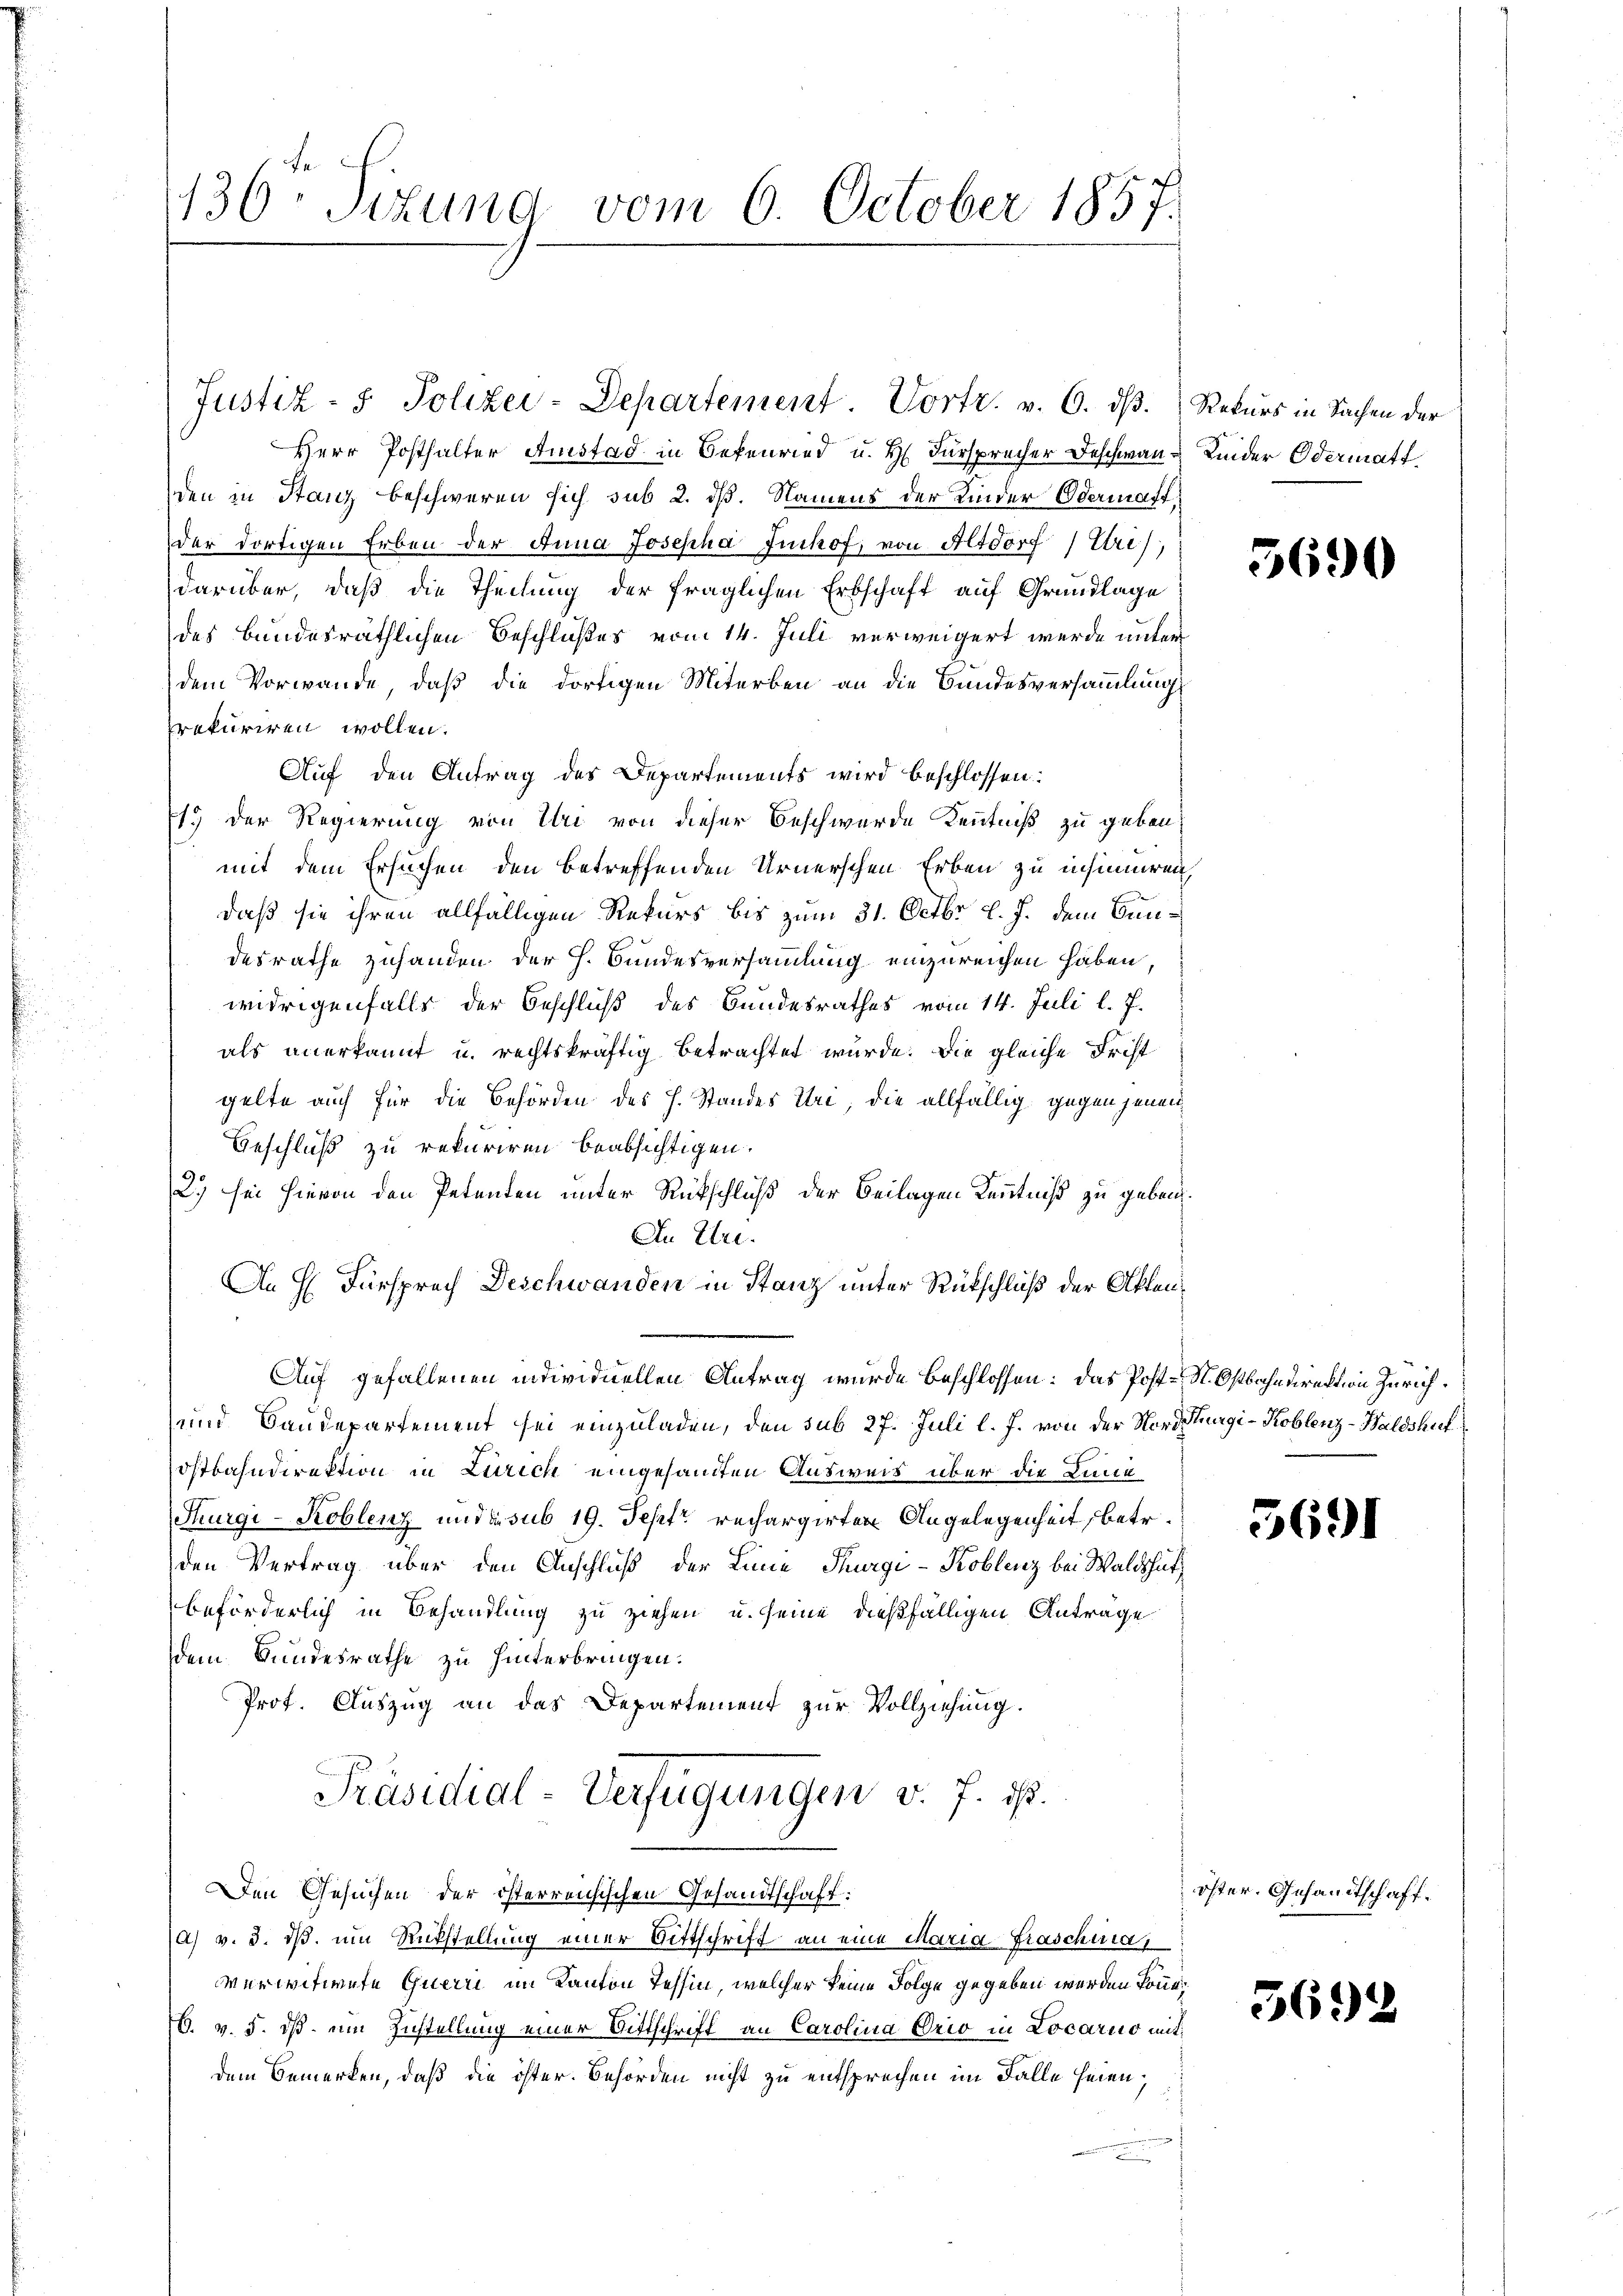
136. Titung vom 6. October 1857.

Herr Posthalter Austad in Bekenried u. H. Fürsprecher Beschmaus Kinder Odermatt.
den in Stanz beschweren sich sub 2. dß. Namens der Kinder Odermast,
der dortigen Erben der Anna Josepha Imhof, von Altdorf (Uri),
darüber, daß die Theilung der fraglichen Erbschaft auf Grundlage
des bundesräthlichen Beschlußes vom 14. Juli verweigert werde unter
dem Vorwande, daß die dortigen Miterben an die Bundesversammlung
rekuriren wollen.
Auf den Antrag des Departements wird beschlossen:
1.) Der Regierung von Uri von dieser Beschwerde Kenntniß zu geben,
mit dem Ersuchen den betreffenden Urnerschen Erben zu insinnereich
daß sie ihren allfälligen Rekurs bis zum 31. Octbr. l. J. dem Bundesrathe zuhanden der h. Bundesversammlung einzureichen haben,
widrigenfalls der Beschluß des Bundesrathes vom 14. Juli l. J.
als anerkannt u. rechtskräftig betrachtet würde. Die gleiche Frist
gelte auch für die Behörden des H. Standes Uri, die allfällig gegen jenen
Geschluß zu rekuriren beabsichtigen.
2) sei hievon den Petenten unter Rückschluß der Beilagen Kenntniß zu geben¬
An Uri.
An H Fürsprech Deschwanden in Stanz unter Rückschluß der Akten¬
Auf gefallenen individuellen Antrag wurde beschlossen: das Post-St. Ostbahndirektion Zürich.
und Baudepartement sei einzuladen, den sub 27. Juli l. J. von der Nordthurgi-Koblenz-Waldshut
ostbahndirektion in Lurich eingesandten Ausweis über die Linie
Thurgi-Koblenz und de sub 19. Sept. rechargirten Angelegenheit, betr.
den Vertrag über den Anschluß der Linie Thurgi-Koblenz bei Waldshutz
beförderlich in Behandlung zu ziehen u. seine dießfälligen Antrage
dem Bundesrathe zu hinterbringen.
Prof. Auszug an das Departement zur Vollziehung.
Präsidial-Verfügungen v. J. ist.
Den Gesuchen der österreichischen Gesandtschaft:
a) v. 3. ds. um Rükstellung einer Bittschrift an eine Maria Fraschiia,
verwitwete Querri im Kanton Tessin, welcher keine Folge gegeben werden könne.
16. v. 5. dß um Zustellung einer Bittschrift an Carolina Orio in Locarno mit
dem Bemerken, daß die öster. Behörden nicht zu entsprechen im Falle seien;

Justiz- & Polizei-Departement Vortr. v. 6. ds. Rekurs in Sachen der

36.

5691

öster. Gesandtschaft.

5692